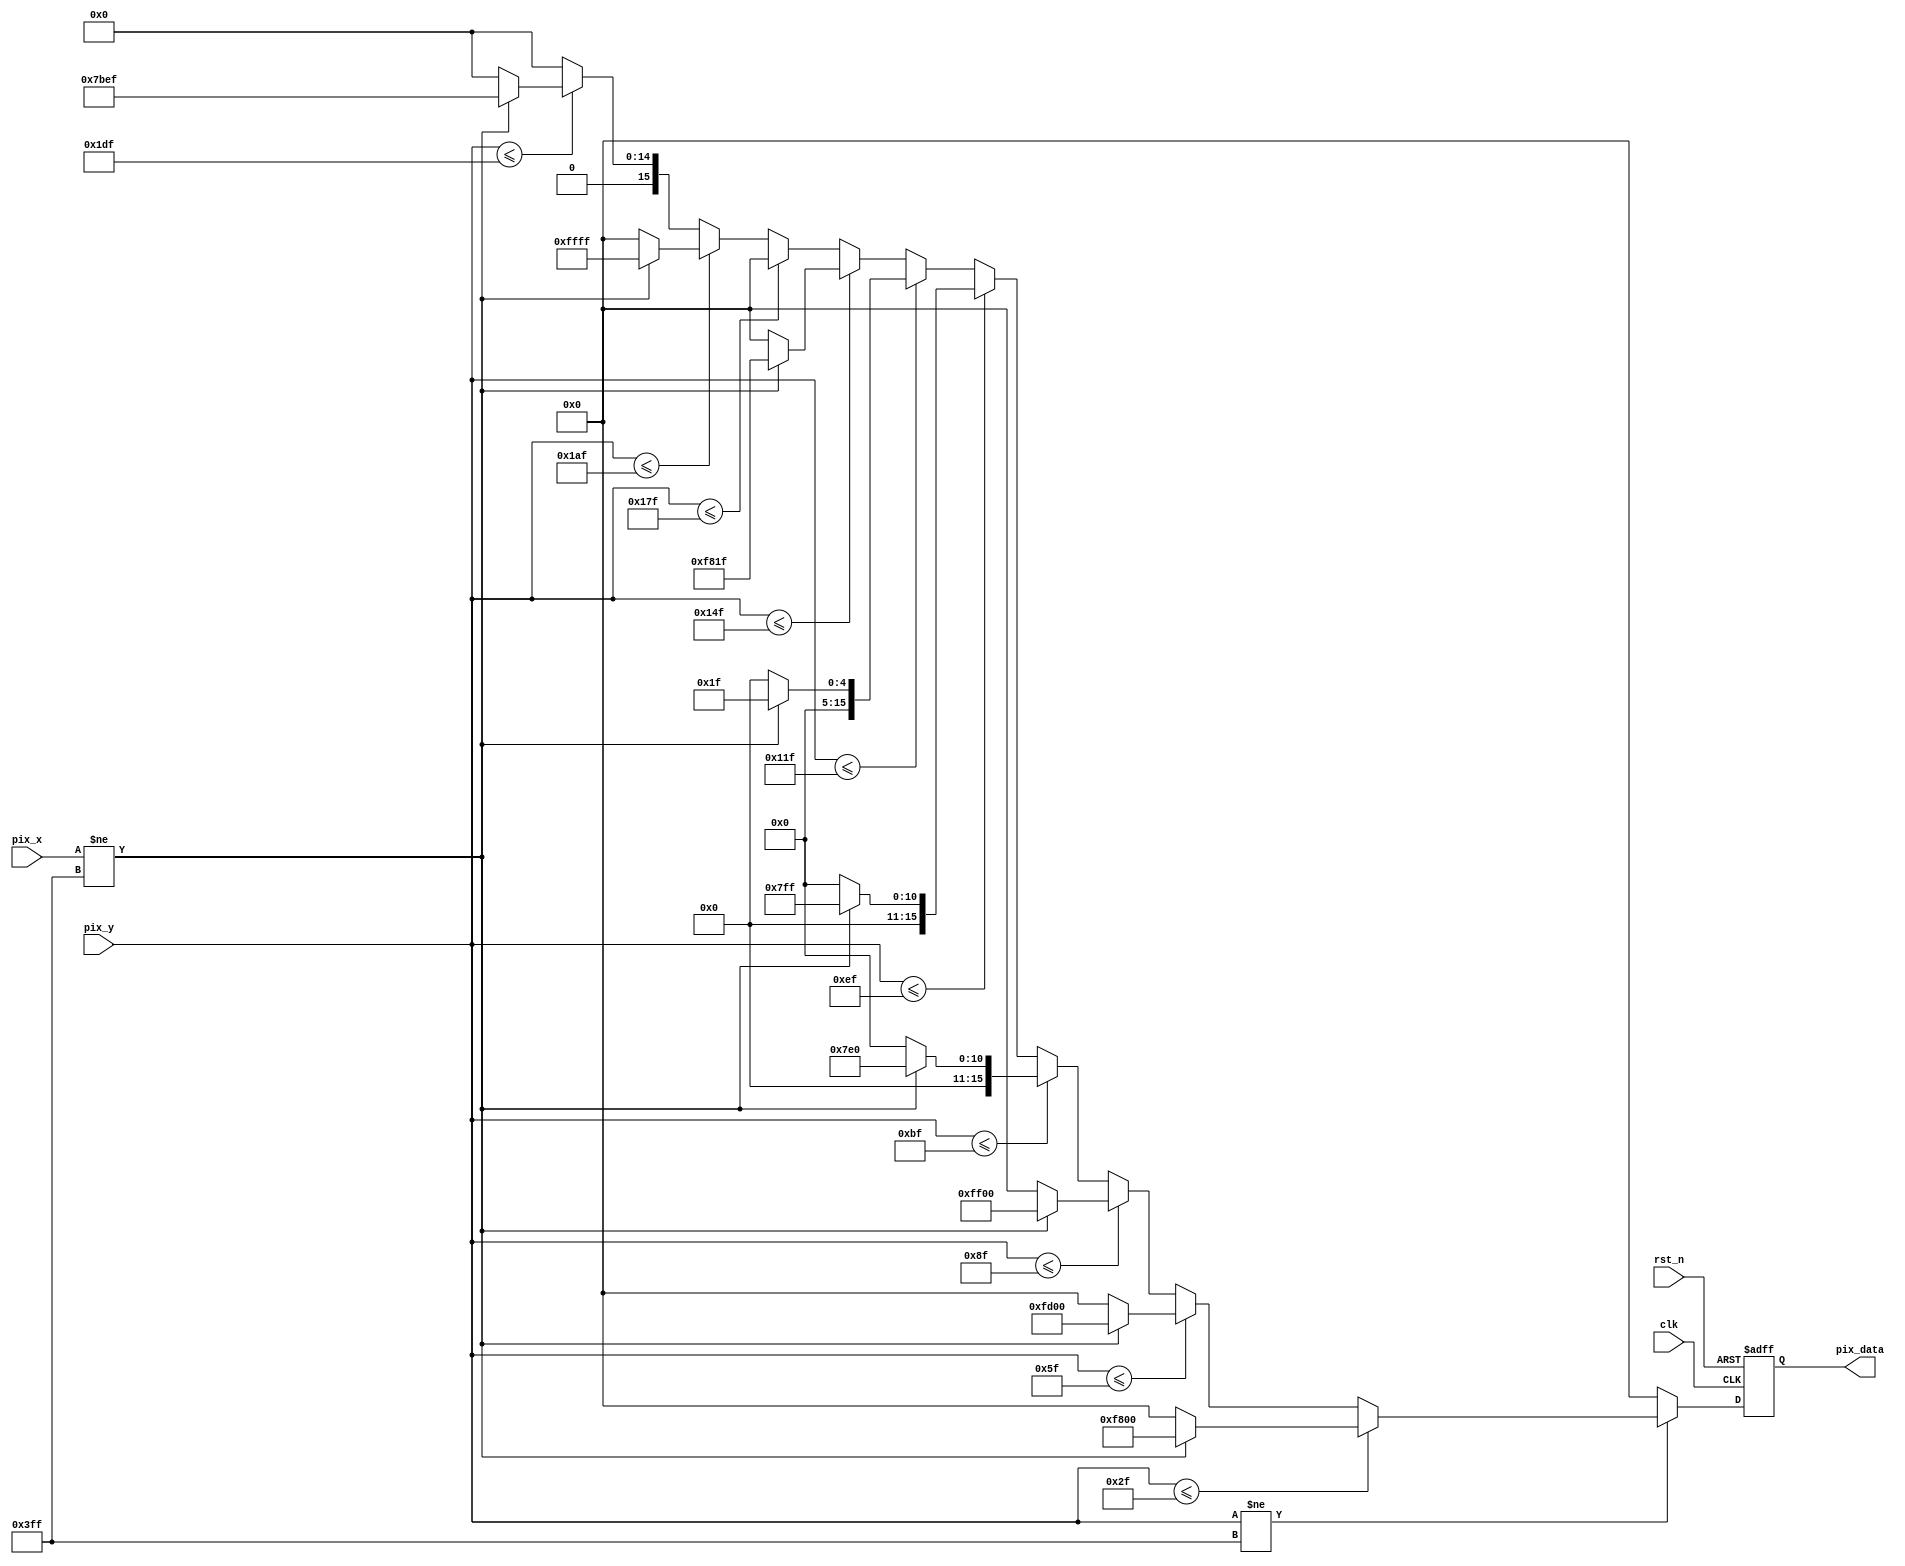
module VGA_Image (
	input clk,
	input rst_n,
	input [9:0] pix_x,
	input [9:0] pix_y,
	output reg [15:0] pix_data
);

	/**/
	parameter RED = 16'b11111_000000_00000;
	parameter ORANGE = 16'b11111_101000_00000;
	parameter YELLOW = 16'b11111_111000_00000;
	parameter GREEN = 16'b00000_111111_00000;
	parameter CYAN = 16'b00000_111111_11111;
	parameter BLUE = 16'b00000_000000_11111;
	parameter PURPLE = 16'b11111_000000_11111;
	parameter BLACK = 16'b00000_000000_00000;
	parameter WHITE = 16'b11111_111111_11111;
	parameter GRAY = 16'b01111_011111_01111;

	/**/
	parameter period = 10'd48;	//(480 / 10 = 48)

	/*output pix_data*/
	always @(posedge clk or negedge rst_n) begin
		if(~rst_n) begin
			pix_data <= 16'd0;
		end else begin
			if(pix_y != 10'h3ff) begin
				if(pix_y <= 47) begin
					pix_data <= (pix_x != 10'h3ff) ? RED : 16'd0;
				end else if(pix_y <= 47 + period) begin
					pix_data <= (pix_x != 10'h3ff) ? ORANGE : 16'd0;
				end else if(pix_y <= 47 + 2*period) begin
					pix_data <= (pix_x != 10'h3ff) ? YELLOW : 16'd0;
				end else if(pix_y <= 47 + 3*period) begin
					pix_data <= (pix_x != 10'h3ff) ? GREEN : 16'd0;
				end else if(pix_y <= 47 + 4*period) begin
					pix_data <= (pix_x != 10'h3ff) ? CYAN : 16'd0;
				end else if(pix_y <= 47 + 5*period) begin
					pix_data <= (pix_x != 10'h3ff) ? BLUE : 16'd0;
				end else if(pix_y <= 47 + 6*period) begin
					pix_data <= (pix_x != 10'h3ff) ? PURPLE : 16'd0;
				end else if(pix_y <= 47 + 7*period) begin
					pix_data <= (pix_x != 10'h3ff) ? BLACK : 16'd0;
				end else if(pix_y <= 47 + 8*period) begin
					pix_data <= (pix_x != 10'h3ff) ? WHITE : 16'd0;
				end else if(pix_y <= 47 + 9*period) begin
					pix_data <= (pix_x != 10'h3ff) ? GRAY : 16'd0;
				end else begin
					pix_data <= 16'd0;
				end
			end else begin
				pix_data <= 16'd0;
			end
		end
	end

endmodule